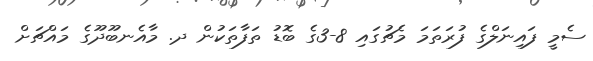
ސެމީ ފައިނަލްގެ ފުރަތަމަ މެޗުގައި 8-3ގެ ބޮޑު ތަފާތަކުން ދ. މާއެނބޫދޫގެ މައްޗަށް